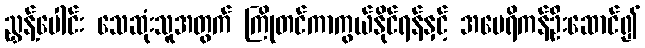
ညွှန့်ပေါင်း သေဆုံးသူအတွက် ကြိုတင်ကာကွယ်နိုင်ရန်နှင့် အမေရိကန်ဦးဆောင်၍